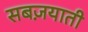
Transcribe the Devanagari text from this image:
सबज़याती